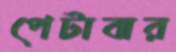
পেটাবার